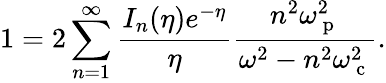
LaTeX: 1=2\sum_{n=1}^{\infty}\frac{I_{n}(\eta)e^{-\eta}}{\eta}\frac{n^{2}\omega_{\mathrm{~p~}}^{2}}{\omega^{2}-n^{2}\omega_{\mathrm{~c~}}^{2}}.